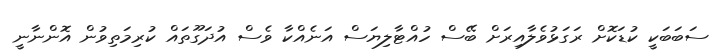
ސަބަބަކީ ކުޑަކޮށް ރަގަޅުވެލާއިރަށް ބޭސް ހުއްޓާލިޔަސް އަނެއްކާ ވެސް އުދަގޫތައް ކުރިމަތިވުން އޮންނާނީ